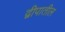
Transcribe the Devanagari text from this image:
द्वीपातील